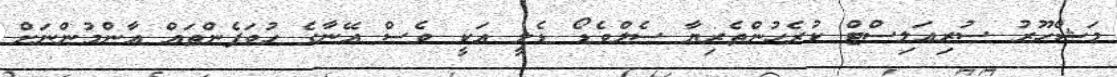
މަޝްހޫރު ސުރިއަލިސްޓް ކުރެހުންތެރިޔާ ސެލްވެޑޯ ޑެލީ އަކީ ވެސް އޭނާގެ ހުވަފެންތައް އާންމުންނަށް